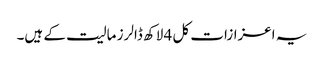
یہ اعزازات کل 4 لاکھ ڈالرز مالیت کے ہیں۔